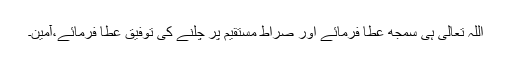
اللہ تعالی ہی سمجھ عطا فرمائے اور صراطِ مستقیم پر چلنے کی توفیق عطا فرمائے،آمین۔